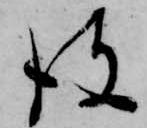
彼